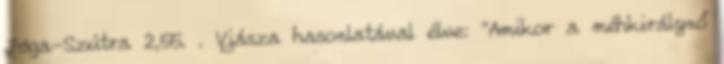
Jóga-Szútra 2,55. . Vjásza hasonlatával élve: "Amikor a méhkirálynő